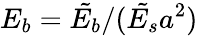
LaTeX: E_{b}=\tilde{E_{b}}/(\tilde{E_{s}}a^{2})